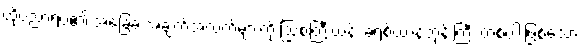
ထိုပညာရပ်၏ အခြေခံ အချက်အလက်များကို ဩစတြီးယန်း ခရစ်ယာန်ဘုန်းကြီး တစ်ပါးဖြစ်သော